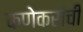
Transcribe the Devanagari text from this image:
कणेकरांची